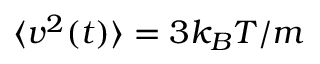
\langle v ^ { 2 } ( t ) \rangle = 3 k _ { B } T / m